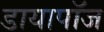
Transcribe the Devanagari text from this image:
डायापॉज